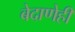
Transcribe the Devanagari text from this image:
बेदाणेही